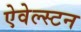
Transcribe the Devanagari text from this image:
ऐवेल्स्टन